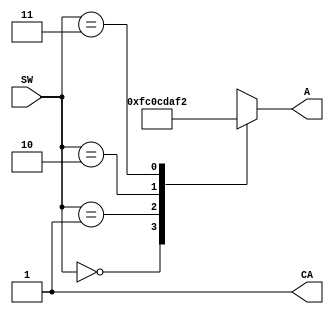
`timescale 1ns / 1ps
//////////////////////////////////////////////////////////////////////////////////
// Company: 
// Engineer: 
// 
// Design Name: 
// Module Name: my_7segment
// Project Name: 
// Target Devices: 
// Tool Versions: 
// Description: 
// 
// Dependencies: 
// 
// Revision:
// Revision 0.01 - File Created
// Additional Comments:
// 
//////////////////////////////////////////////////////////////////////////////////


module my_7segment(
    input [1:0] SW,  // 0, 1
    output CA,       //    
    output reg [7:0] A
    );
    
    assign CA=1'b1;  // 
    
    always @(SW)
    begin
    
    case (SW)
    2'b00: A=8'b11111100;
    2'b01: A=8'b00001100;
    2'b10: A=8'b11011010;
    2'b11: A=8'b11110010;
    default A=8'b11111100;
    endcase
    end
endmodule